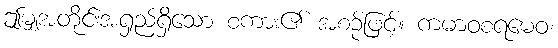
ဤမျှအတိုင်းအရှည်ရှိသော စကား၏ အစဉ်ဖြင့်။ ကမာဝစရမေဝ၊